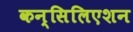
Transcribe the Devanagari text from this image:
कन्सिलिएशन